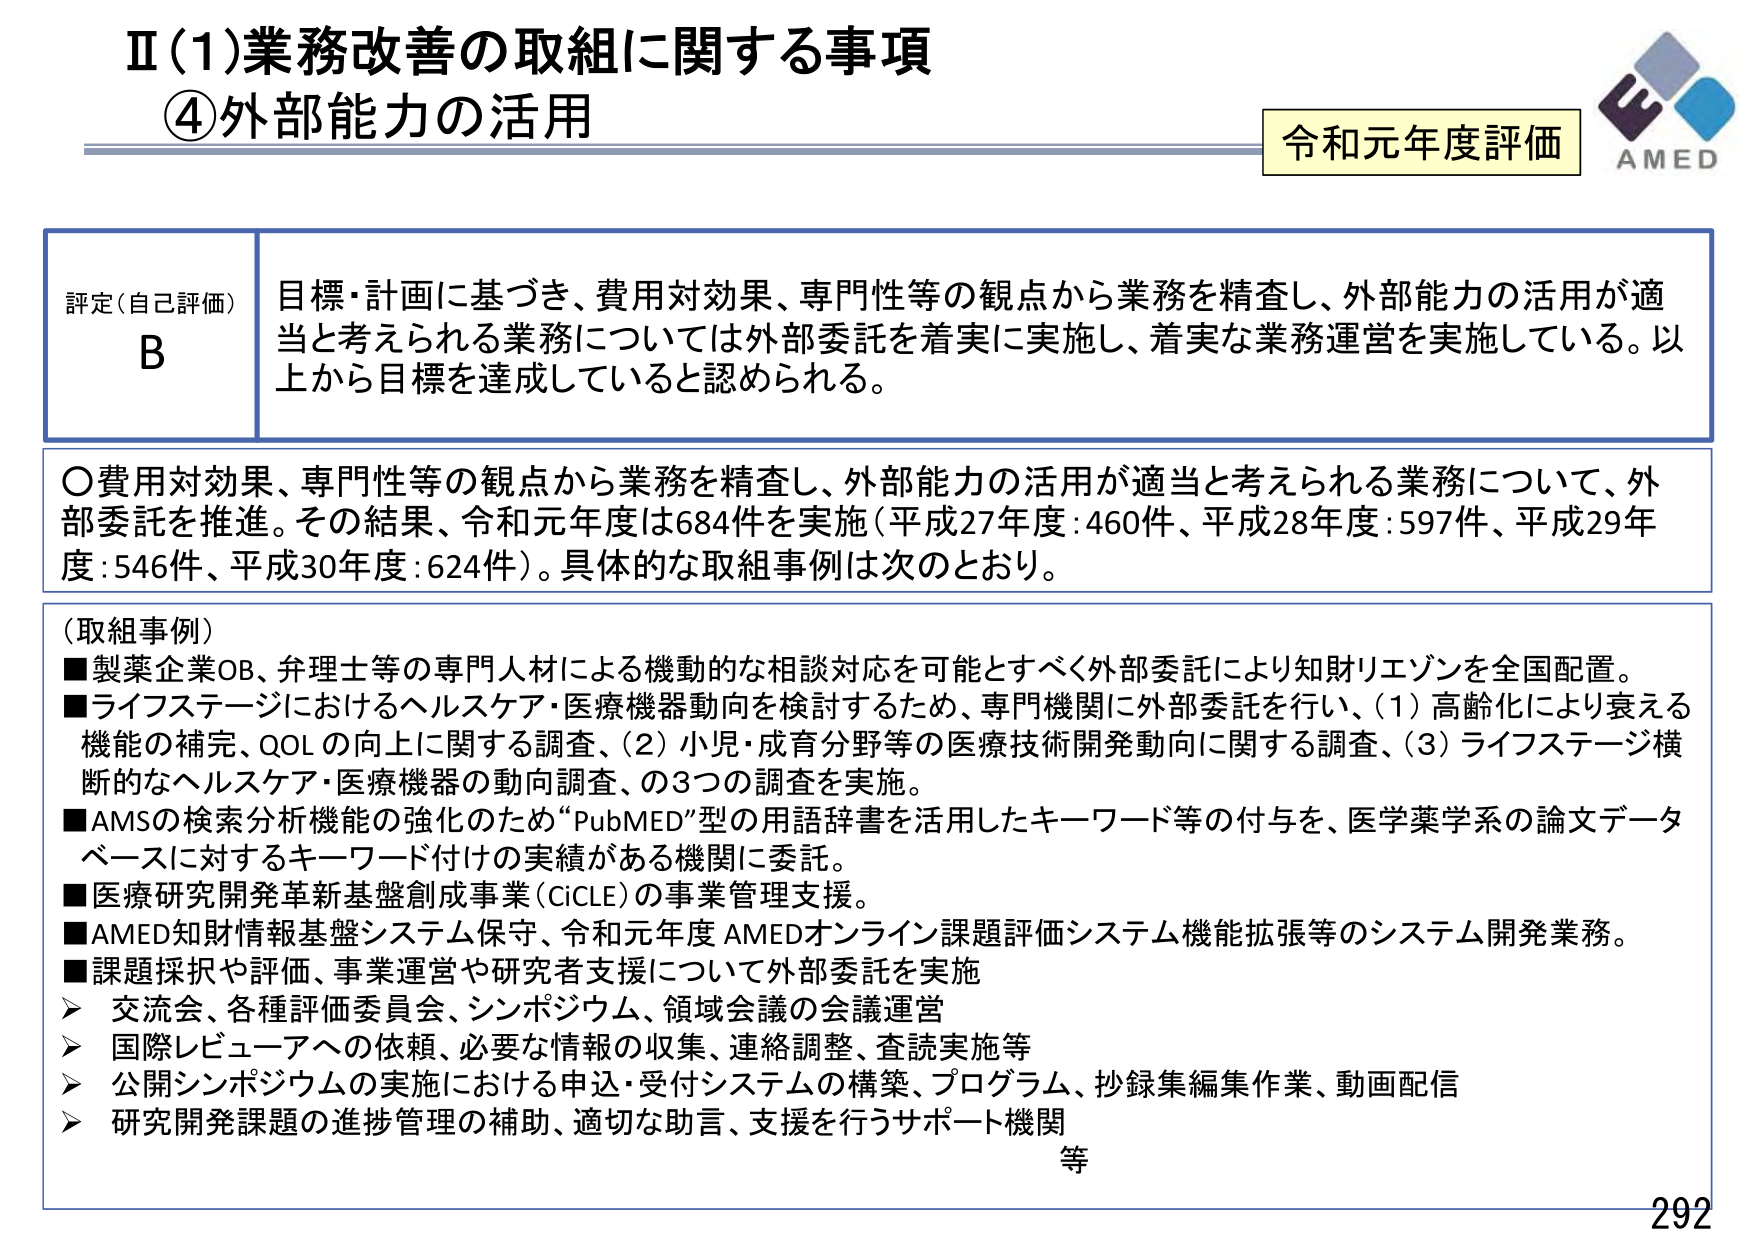
Ⅱ(1)業務改善の取組に関する事項
④外部能力の活用

令和元年度評価
AMED

評定（自己評価）
B
目標・計画に基づき、費用対効果、専門性等の観点から業務を精査し、外部能力の活用が適当と考えられる業務については外部委託を着実に実施し、着実な業務運営を実施している。以上から目標を達成していると認められる。

○費用対効果、専門性等の観点から業務を精査し、外部能力の活用が適当と考えられる業務について、外部委託を推進。その結果、令和元年度は684件を実施（平成27年度：460件、平成28年度：597件、平成29年度：546件、平成30年度：624件）。具体的な取組事例は次のとおり。

（取組事例）
■製薬企業OB、弁理士等の専門人材による機動的な相談対応を可能とすべく外部委託により知財リエゾンを全国配置。
■ライフステージにおけるヘルスケア・医療機器動向を検討するため、専門機関に外部委託を行い、（1）高齢化により衰える機能の補完、QOLの向上に関する調査、（2）小児・成育分野等の医療技術開発動向に関する調査、（3）ライフステージ横断的なヘルスケア・医療機器の動向調査、の3つの調査を実施。
■AMSの検索分析機能の強化のため“PubMED”型の用語辞書を活用したキーワード等の付与を、医学薬学系の論文データベースに対するキーワード付けの実績がある機関に委託。
■医療研究開発革新基盤創成事業（CiCLE）の事業管理支援。
■AMED知財情報基盤システム保守、令和元年度AMEDオンライン課題評価システム機能拡張等のシステム開発業務。
■課題採択や評価、事業運営や研究者支援について外部委託を実施
　➤ 交流会、各種評価委員会、シンポジウム、領域会議の会議運営
　➤ 国際レビューへの依頼、必要な情報の収集、連絡調整、査読実施等
　➤ 公開シンポジウムの実施における申込・受付システムの構築、プログラム、抄録集編集作業、動画配信
　➤ 研究開発課題の進捗管理の補助、適切な助言、支援を行うサポート機関
　等

292